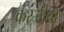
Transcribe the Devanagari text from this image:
करंजीचा